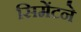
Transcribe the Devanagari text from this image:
सिमेंटने